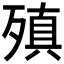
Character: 𪵆